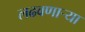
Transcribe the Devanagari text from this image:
लढवणाऱ्या